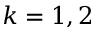
k = 1 , 2